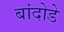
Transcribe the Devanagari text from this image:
बांदोडे